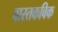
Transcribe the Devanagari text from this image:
वास्तकविक